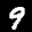
Label: 9